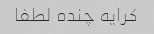
کرایه چنده لطفا